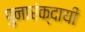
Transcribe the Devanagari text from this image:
पुनारंक्दायी